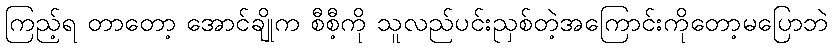
ကြည့်ရ တာတော့ အောင်ချိုက စီစီ့ကို သူလည်ပင်းညှစ်တဲ့အကြောင်းကိုတော့မပြောဘဲ